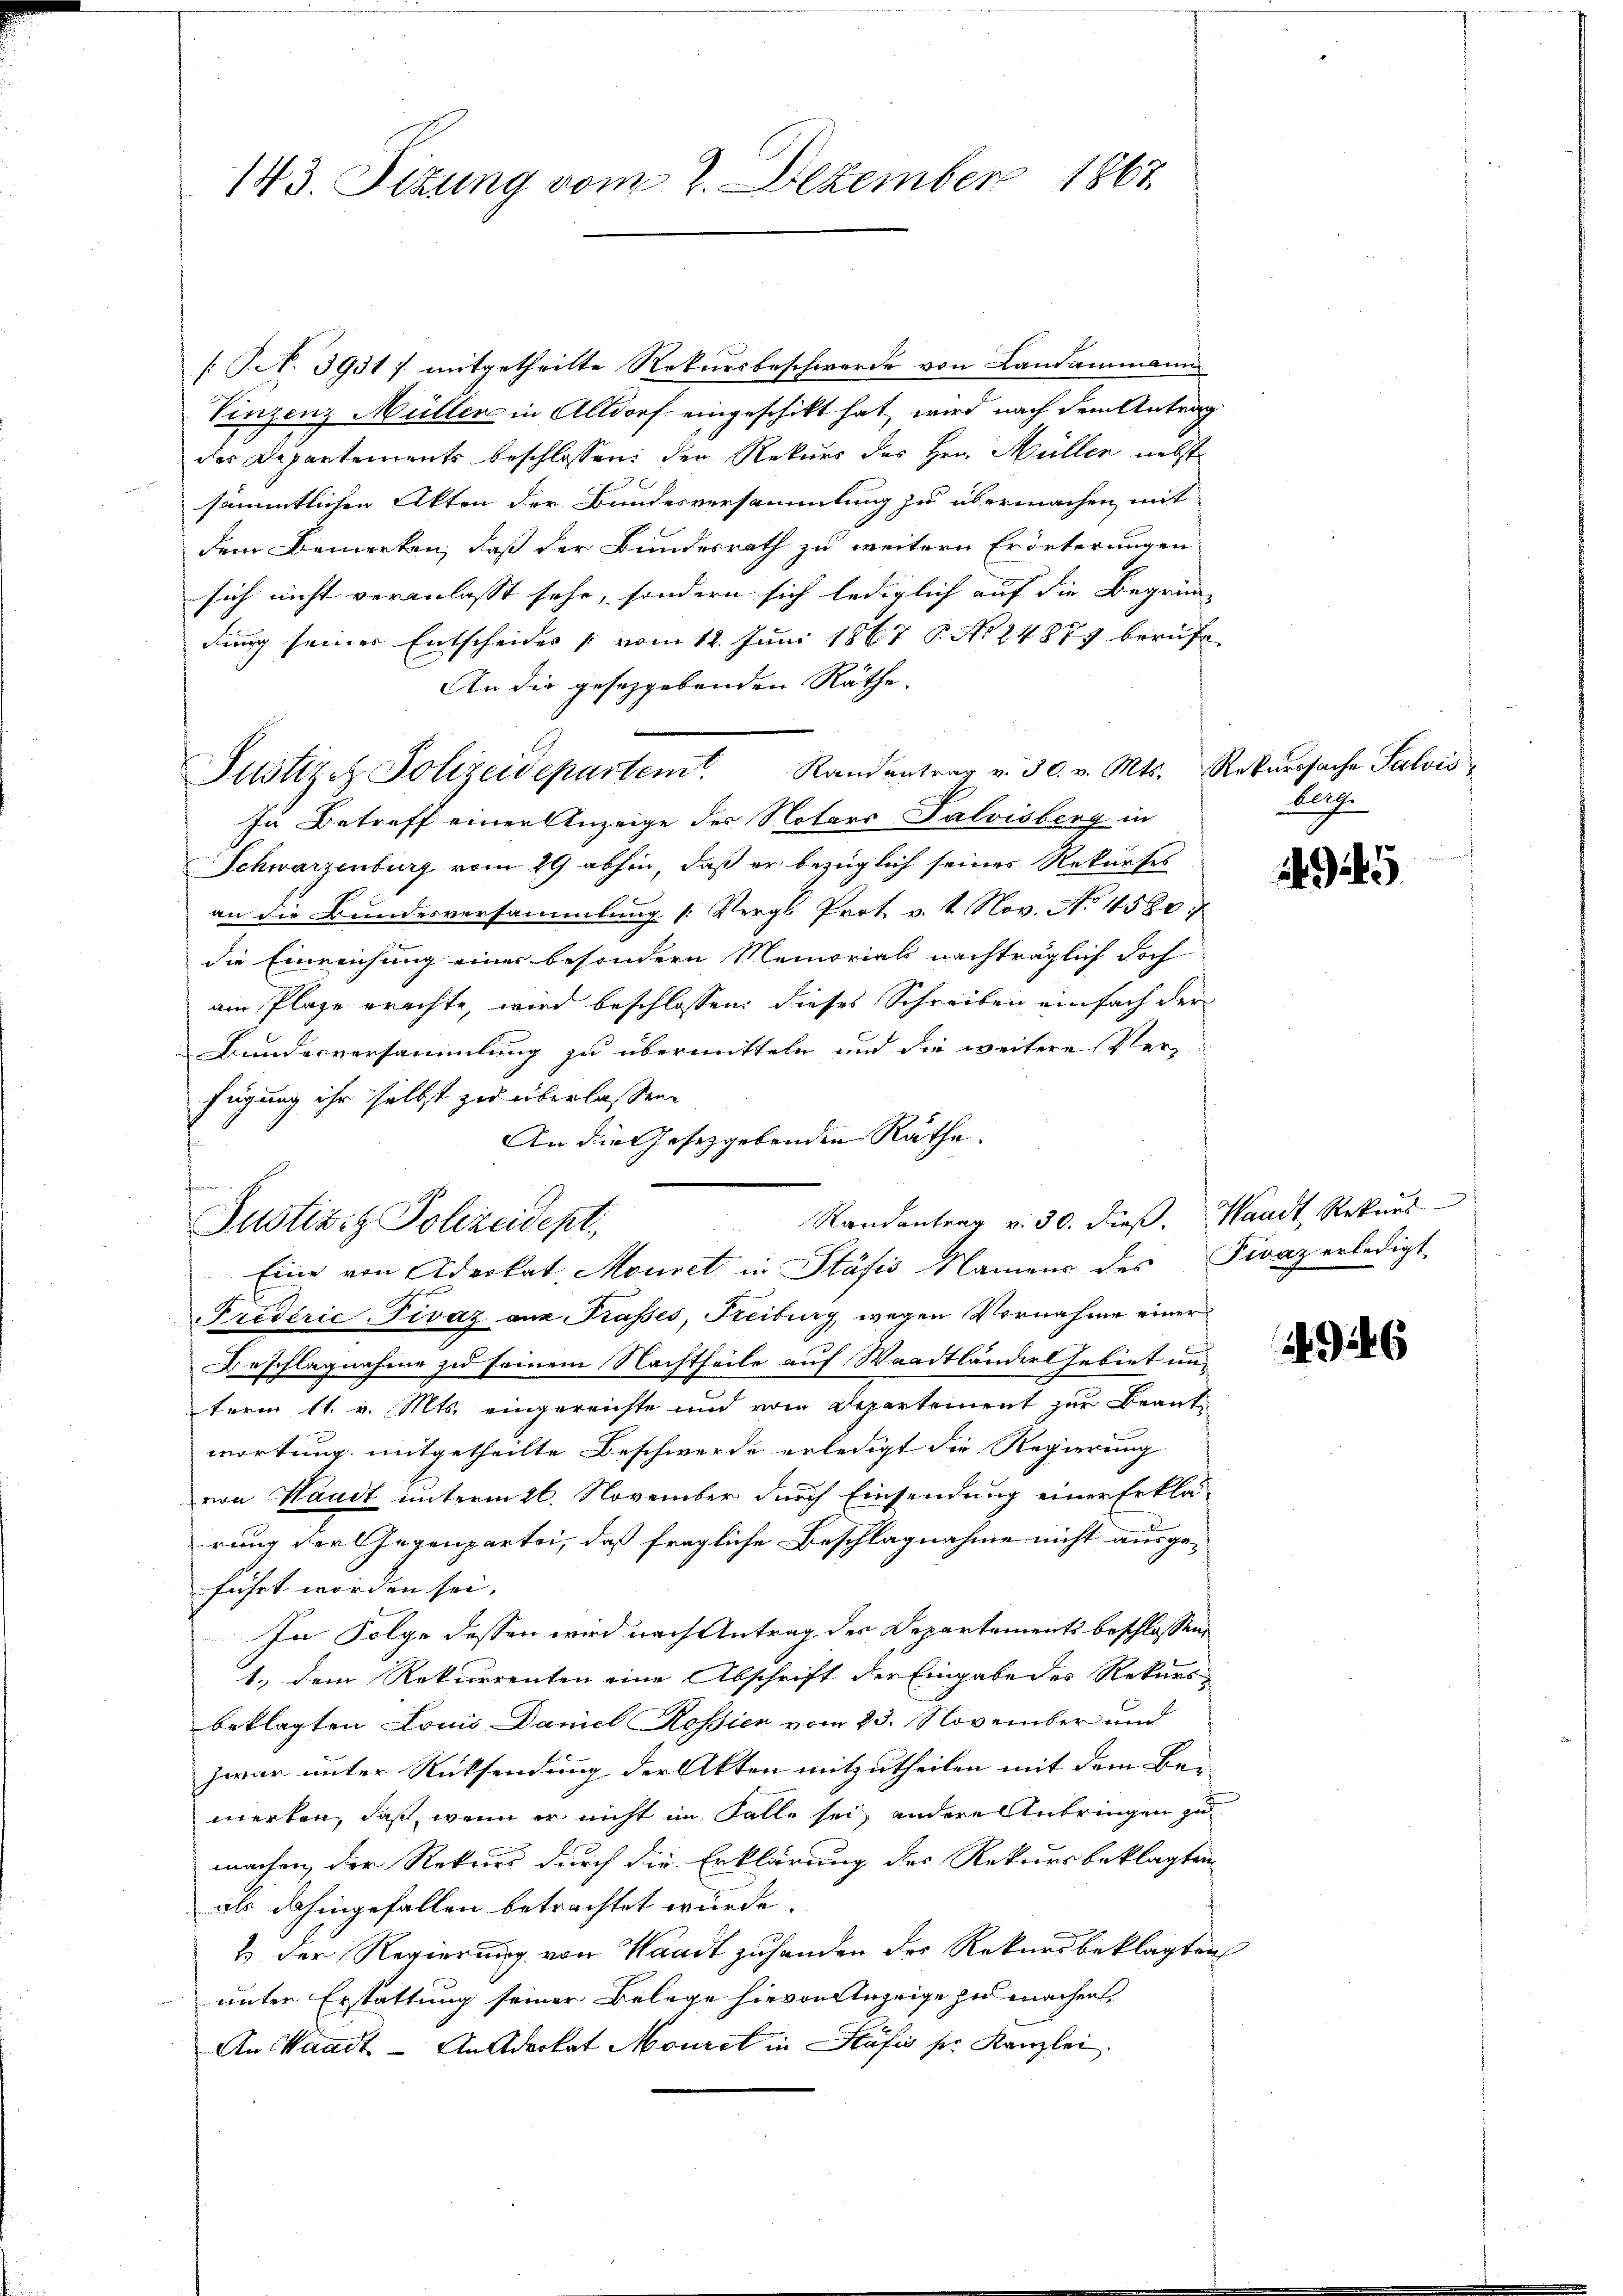
143. Sitzung vom 2. Dezember 1867

[ Pct. 39317 mitgetheilte Rekursbeschwerde von Landammann
Vinzenz Müller in Altdorf eingeschikt hat, wird nach dem Antrag
der Departements beschlossen den Rekurs des Hrn. Müller nebst
sämmtlichen Akten der Bundesversammlung zu übermachen mit
dem Bemerken, daß der Bundesrath zu weitern Erörterungen
sich nicht veranlasst sehe, sondern sich lediglich auf die Begrün-
dung seiner Entscheides vom 12. Juni 1867 P. Nr. 24879 berufe
An die gesezgebenden Räthe.
Justiz- Polizeidepartem Randantrag v. 30. v. Mts. Rekursache Salvis
In Betreff einer Anzeige des Notars Palvisberg in
Schwarzenburg vom 29 abhin, daß er bezüglich seines Rekurses
an die Bundesversammlung [Vergl. Prot v. 4. Nov. No 4580.
die Einreichung einer besondern Nemorials nachträglich doch
am Plaze erachte, wird beschlossen: dieses Schreiben einfach der
Bundesversammlung zu übermitteln und die weitere Verfügung ihr selbst zu überlassen.
An die Gesetzgebenden Räthe. |
Eine von Aderkat Mouret in Stäfis Namens des Fivaz erledigt
Frederić Fivaz am Prasses, Freiburg wegen Vornahme einer
Beschlagnahme zu seinem Nachtheile auf Waadtländer Gebiet unterm 11. v. Mts. eingereichte und vom Departement zur Beantwortung mitgetheilte Beschwerde erledigt die Regierung
von Waadt unterm 26. November durch Einsendung einer Erklärung der Gegenpartei, daß fragliche Beschlagnahme nicht ausgeführt worden sei. |
In Folge dessen wird nach Antrag der Departements beschlossen,
1.) Dem Rekurrenten eine Abschrift der Eingabe des Rekurs-
beklagten Louis Daniel Rossien vom 23. November und
zwar unter Rücksendung der Akten mitzutheilen mit dem Be-
merken, daß, wenn er nicht im Falle sei, andere Anbringen zu
machen, der Rekurs durch die Erklärung des Rekursbeklagten
als dahingefallen betrachtet wurde.
2. Der Regierung von Waadt zuhanden des Rekursbeklagten
unter Erstattung seiner Belege hievon Anzeige zu machen,
An Waadt - Anderket Monret in Präfis pr. Kanzlei.

Paren.
Justiziz Polizeidept.

Randantrag v. 30. dieß. Waadt Rekurs

Aug.

9

946